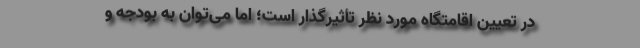
در تعیین اقامتگاه مورد نظر تأثیرگذار است؛ اما می‌توان به بودجه و